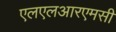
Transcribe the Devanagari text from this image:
एलएलआरएमसी